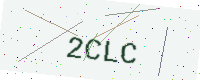
Text: 2CLC